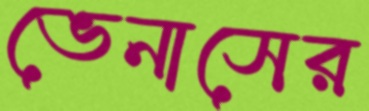
ভেনাসের